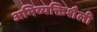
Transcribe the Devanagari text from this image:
अभिव्यक्तिशैली